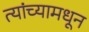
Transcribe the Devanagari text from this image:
त्यांच्यामधून